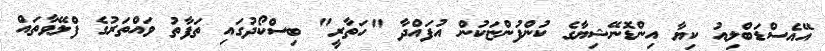
އޭއެސްޑަބްލިއު ކިޔާ އިންޑޮނޭޝިޔާގެ ކުންފުންޏަކުން އުފައްދާ "ހަތާރީ" ބިސްކޯދުގައި ތަފާތު ވައްތަރުގެ ފްލޭވާތައް